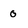
Character: o